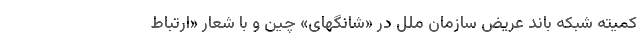
کمیته شبکه باند ‌عریض سازمان ملل در «شانگهای» چین و با شعار «ارتباط